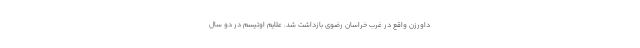
داورزن واقع در غرب خراسان رضوی بازداشت شد. علایم اوتیسم در دو سال